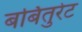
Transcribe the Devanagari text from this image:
बर्बितुरेट